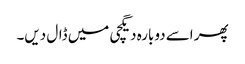
پھر اسے دوبارہ دیگچی میں ڈال دیں۔